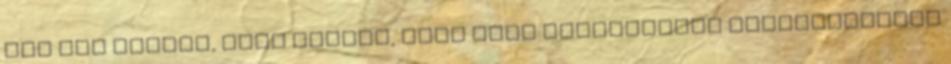
még nem tudtuk, hogy Sárika, vagy Ábel személyében köszönthetjük